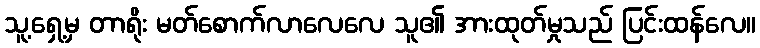
သူ့ရှေ့မှ တာရိုး မတ်စောက်လာလေလေ သူ၏ အားထုတ်မှုသည် ပြင်းထန်လေ။